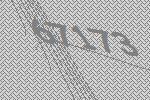
67173